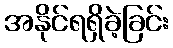
အနိုင်ရရှိခဲ့ခြင်း